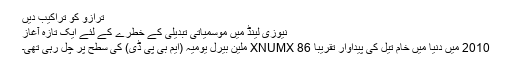
ترازو کو تراکیب دیں
نیوزی لینڈ میں موسمیاتی تبدیلی کے خطرے کے لئے ایک تازہ آغاز
2010 میں دنیا میں خام تیل کی پیداوار تقریبا 86 XNUMX ملین بیرل یومیہ (ایم بی پی ڈی) کی سطح پر چل رہی تھی۔